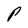
Character: P